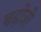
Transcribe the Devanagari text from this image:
बढ़ोत्री